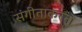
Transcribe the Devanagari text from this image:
संगीताकरता